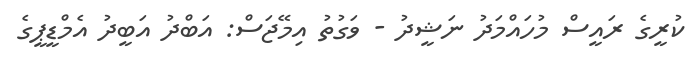
ކުރީގެ ރައީސް މުހައްމަދު ނަޝީދު - ވަގުތު އިމޭޖަސް: އަބްދު އަބީދު އެމްޑީޕީގެ